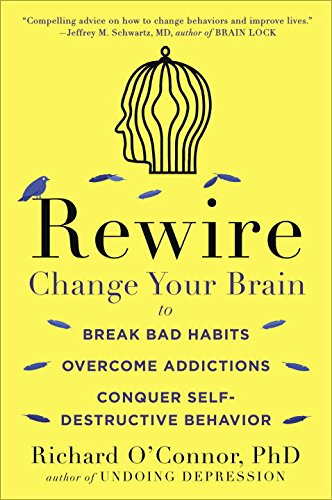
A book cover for Rewire: Change Your Brain to Break Bad Habits, Overcome Addictions, Conquer Self-Destruc tive Behavior; Richard O'Connor; Health, Fitness & Dieting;